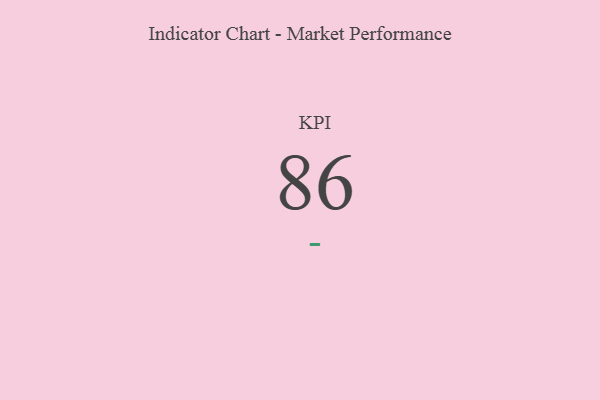
{"axis": {"x": "KPI", "y": "Value"}, "legend": [""], "data": [{"x": "KPI", "y": 86, "type": ""}]}